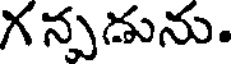
గ న్పడును.